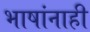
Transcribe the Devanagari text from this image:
भाषांनाही